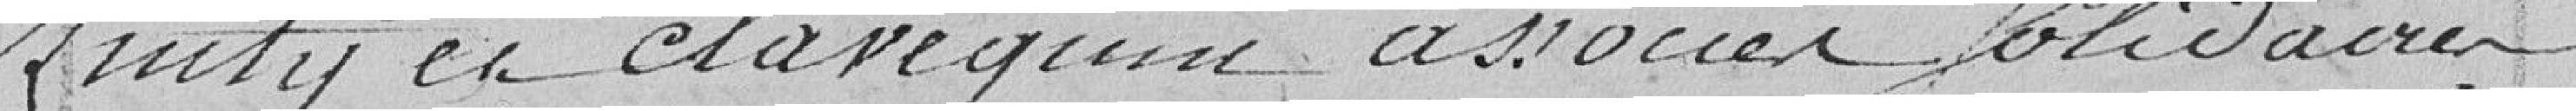
Zinty et Clavequin associés solidaires